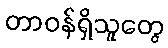
တာဝန်ရှိသူတွေ